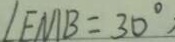
\angle E M B = 3 0 ^ { \circ } ,